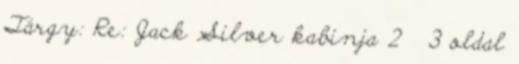
Tárgy: Re: Jack Silver kabinja 2 3 oldal